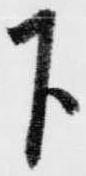
下